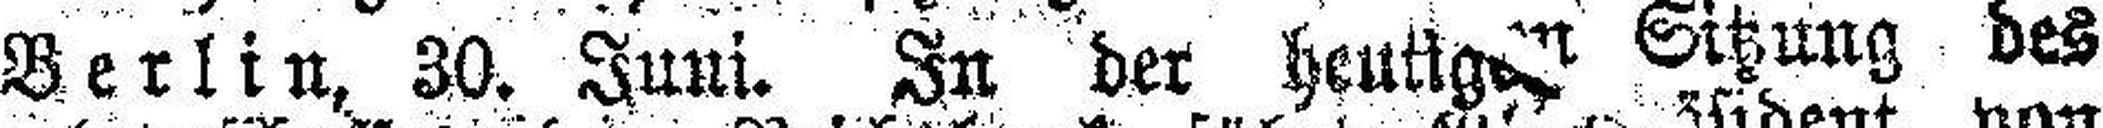
Berlin, 30. Juni. In der heutig### Sitzung des